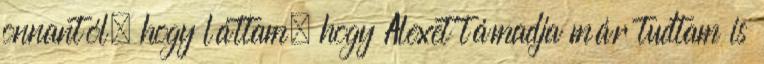
onnantól, hogy láttam, hogy Alexet támadja már tudtam is